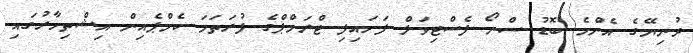
ދުނިޔޭގެ އެންމެ ބޮޑު ސްނޯ ފެސްޓިވަލް ފަށައިފި ޓްރަމްޕްގެ ފުރަތަމަ ކެމްޕެއިން އިޝްތިހާރުގައި